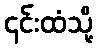
၎င်းထံသို့